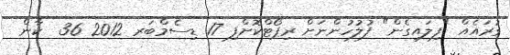
ގުރައެއް "ފިލައިގެން" ފުލުހުންނަށް ރިޕޯޓްކޮށްފި 17 ޑިސެމްބަރ 2012 36  ކާން